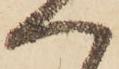
へ